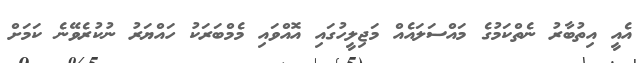
އެއީ އިތުބާރު ނެތްކަމުގެ މައްސަލައެއް މަޖިލީހުގައި އޮއްވައި މެމްބަރަކު ހައްޔަރު ނުކުރެވޭނެ ކަމަށް